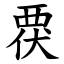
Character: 覄